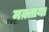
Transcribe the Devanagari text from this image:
मक़्ताया